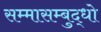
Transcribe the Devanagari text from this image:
सम्मासम्बुद्धो